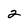
Character: 2